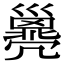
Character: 𢀈